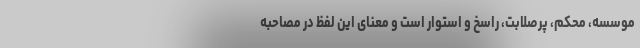
موسسه، محکم، پرصلابت، راسخ و استوار است و معنای این لفظ در مصاحبه